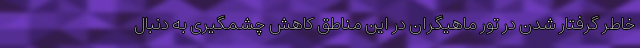
خاطر گرفتار شدن در تور ماهیگران در این مناطق کاهش چشمگیری به دنبال